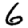
Digit: 6